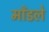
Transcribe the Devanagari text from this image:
माँडले